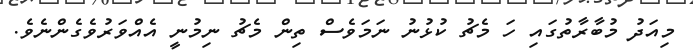
މިއަދު މުބާރާތުގައި ހަ މެޗު ކުޅުނު ނަމަވެސް ތިން މެޗު ނިމުނީ އެއްވަރުވެގެންނެވެ.